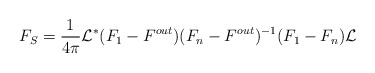
\begin{align*}F_S=\frac{1}{4\pi}\mathcal L^* ( F_1-F^{out}) (F_n - F^{out})^{-1}(F_1 -F_n)\mathcal L\end{align*}